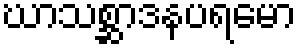
ဃာသစ္ဆာဒနပရမော